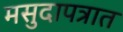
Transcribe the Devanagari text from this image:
मसुदापत्रात